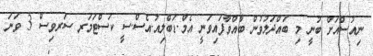
ނިއުސްއަށް ބުނީ މި ބައްދަލުވުން ބާއްވާފައިވަނީ އެމް.ޑަބްލިއު.އެސް.ސީ ކަސްޓަމަރ ސަރވިސް 3 ވަނަ